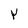
Character: Y